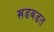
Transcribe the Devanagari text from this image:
खडबडत